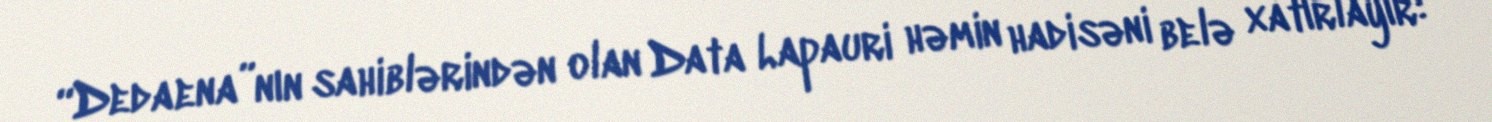
“Dedaena”nın sahiblərindən olan Data Lapauri həmin hadisəni belə xatırlayır: